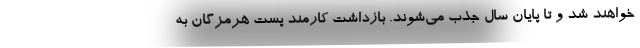
خواهند شد و تا پایان سال جذب می‌شوند. بازداشت کارمند پست هرمزگان به